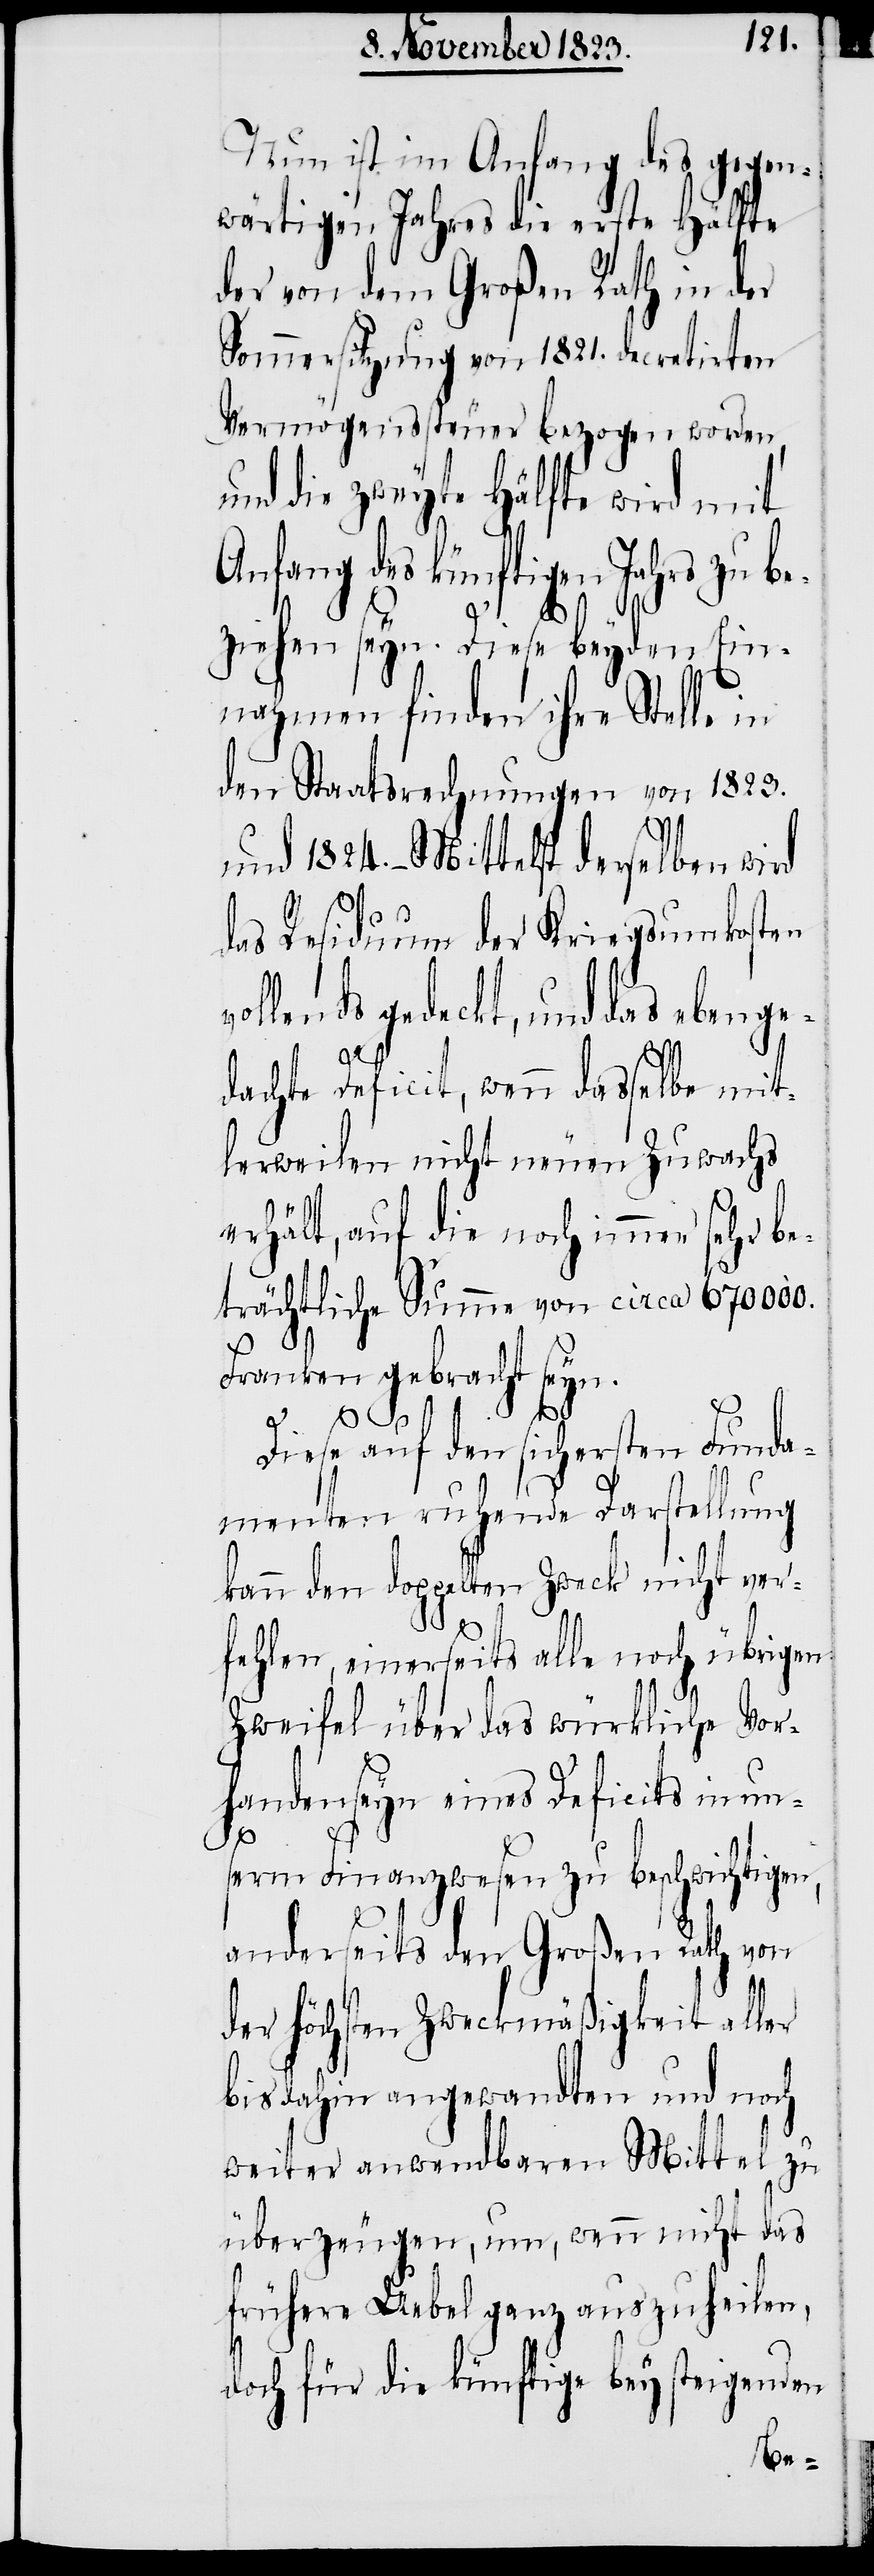
Nun ist im Anfang des gegen¬
wärtigen Jahres die erste Hälfte
der von dem Großen Rath in der
Sommersitzung von 1821. decretirten
Vermögenssteuer bezogen worden,
und die zweyte Hälfte wird mit
Anfang des künftigen Jahrs zu be¬
v¬
ziehen seyn. Diese beyden Ein¬
nahmen finden ihre Stelle in
den Staatrechnungen von 1823.
und 1824. – Mittelst derselben wird
das Residuum der Kriegsumkosten
ollends gedeckt, und das ebenge¬
dachte Deficit, wenn dasselbe mit¬
lerweilen nicht neuen Zuwachs
erhält, auf die noch immer sehr be¬
trächtliche Summe von circa 670000.
Franken gebracht seyn.
Diese auf den sichersten Funda¬
menten ruhende Darstellung
kann den doppelten Zweck nicht ver¬
fehlen, einerseits alle noch übrigen
Zweifel über das würkliche Vor¬
handenseyn eines Deficits in un¬
serm Finanzwesen zu beschwichtigen,
anderseits den Großen Rath von
der höchsten Zweckmäßigkeit aller
bis dahin angewandten und noch
weiter anwendbaren Mittel zu
überzeugen, um, wenn nicht das
frühere Uebel ganz auszuheilen,
doch für die künftige bey steigenden